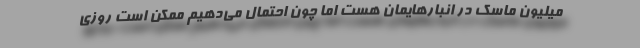
میلیون ماسک در انبارهایمان هست اما چون احتمال می‌دهیم ممکن است روزی